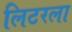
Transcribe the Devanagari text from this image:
लिटरला